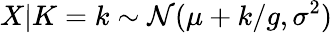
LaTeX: X|K=k\sim\mathcal N(\mu+k/g,\sigma^{2})